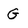
Character: G